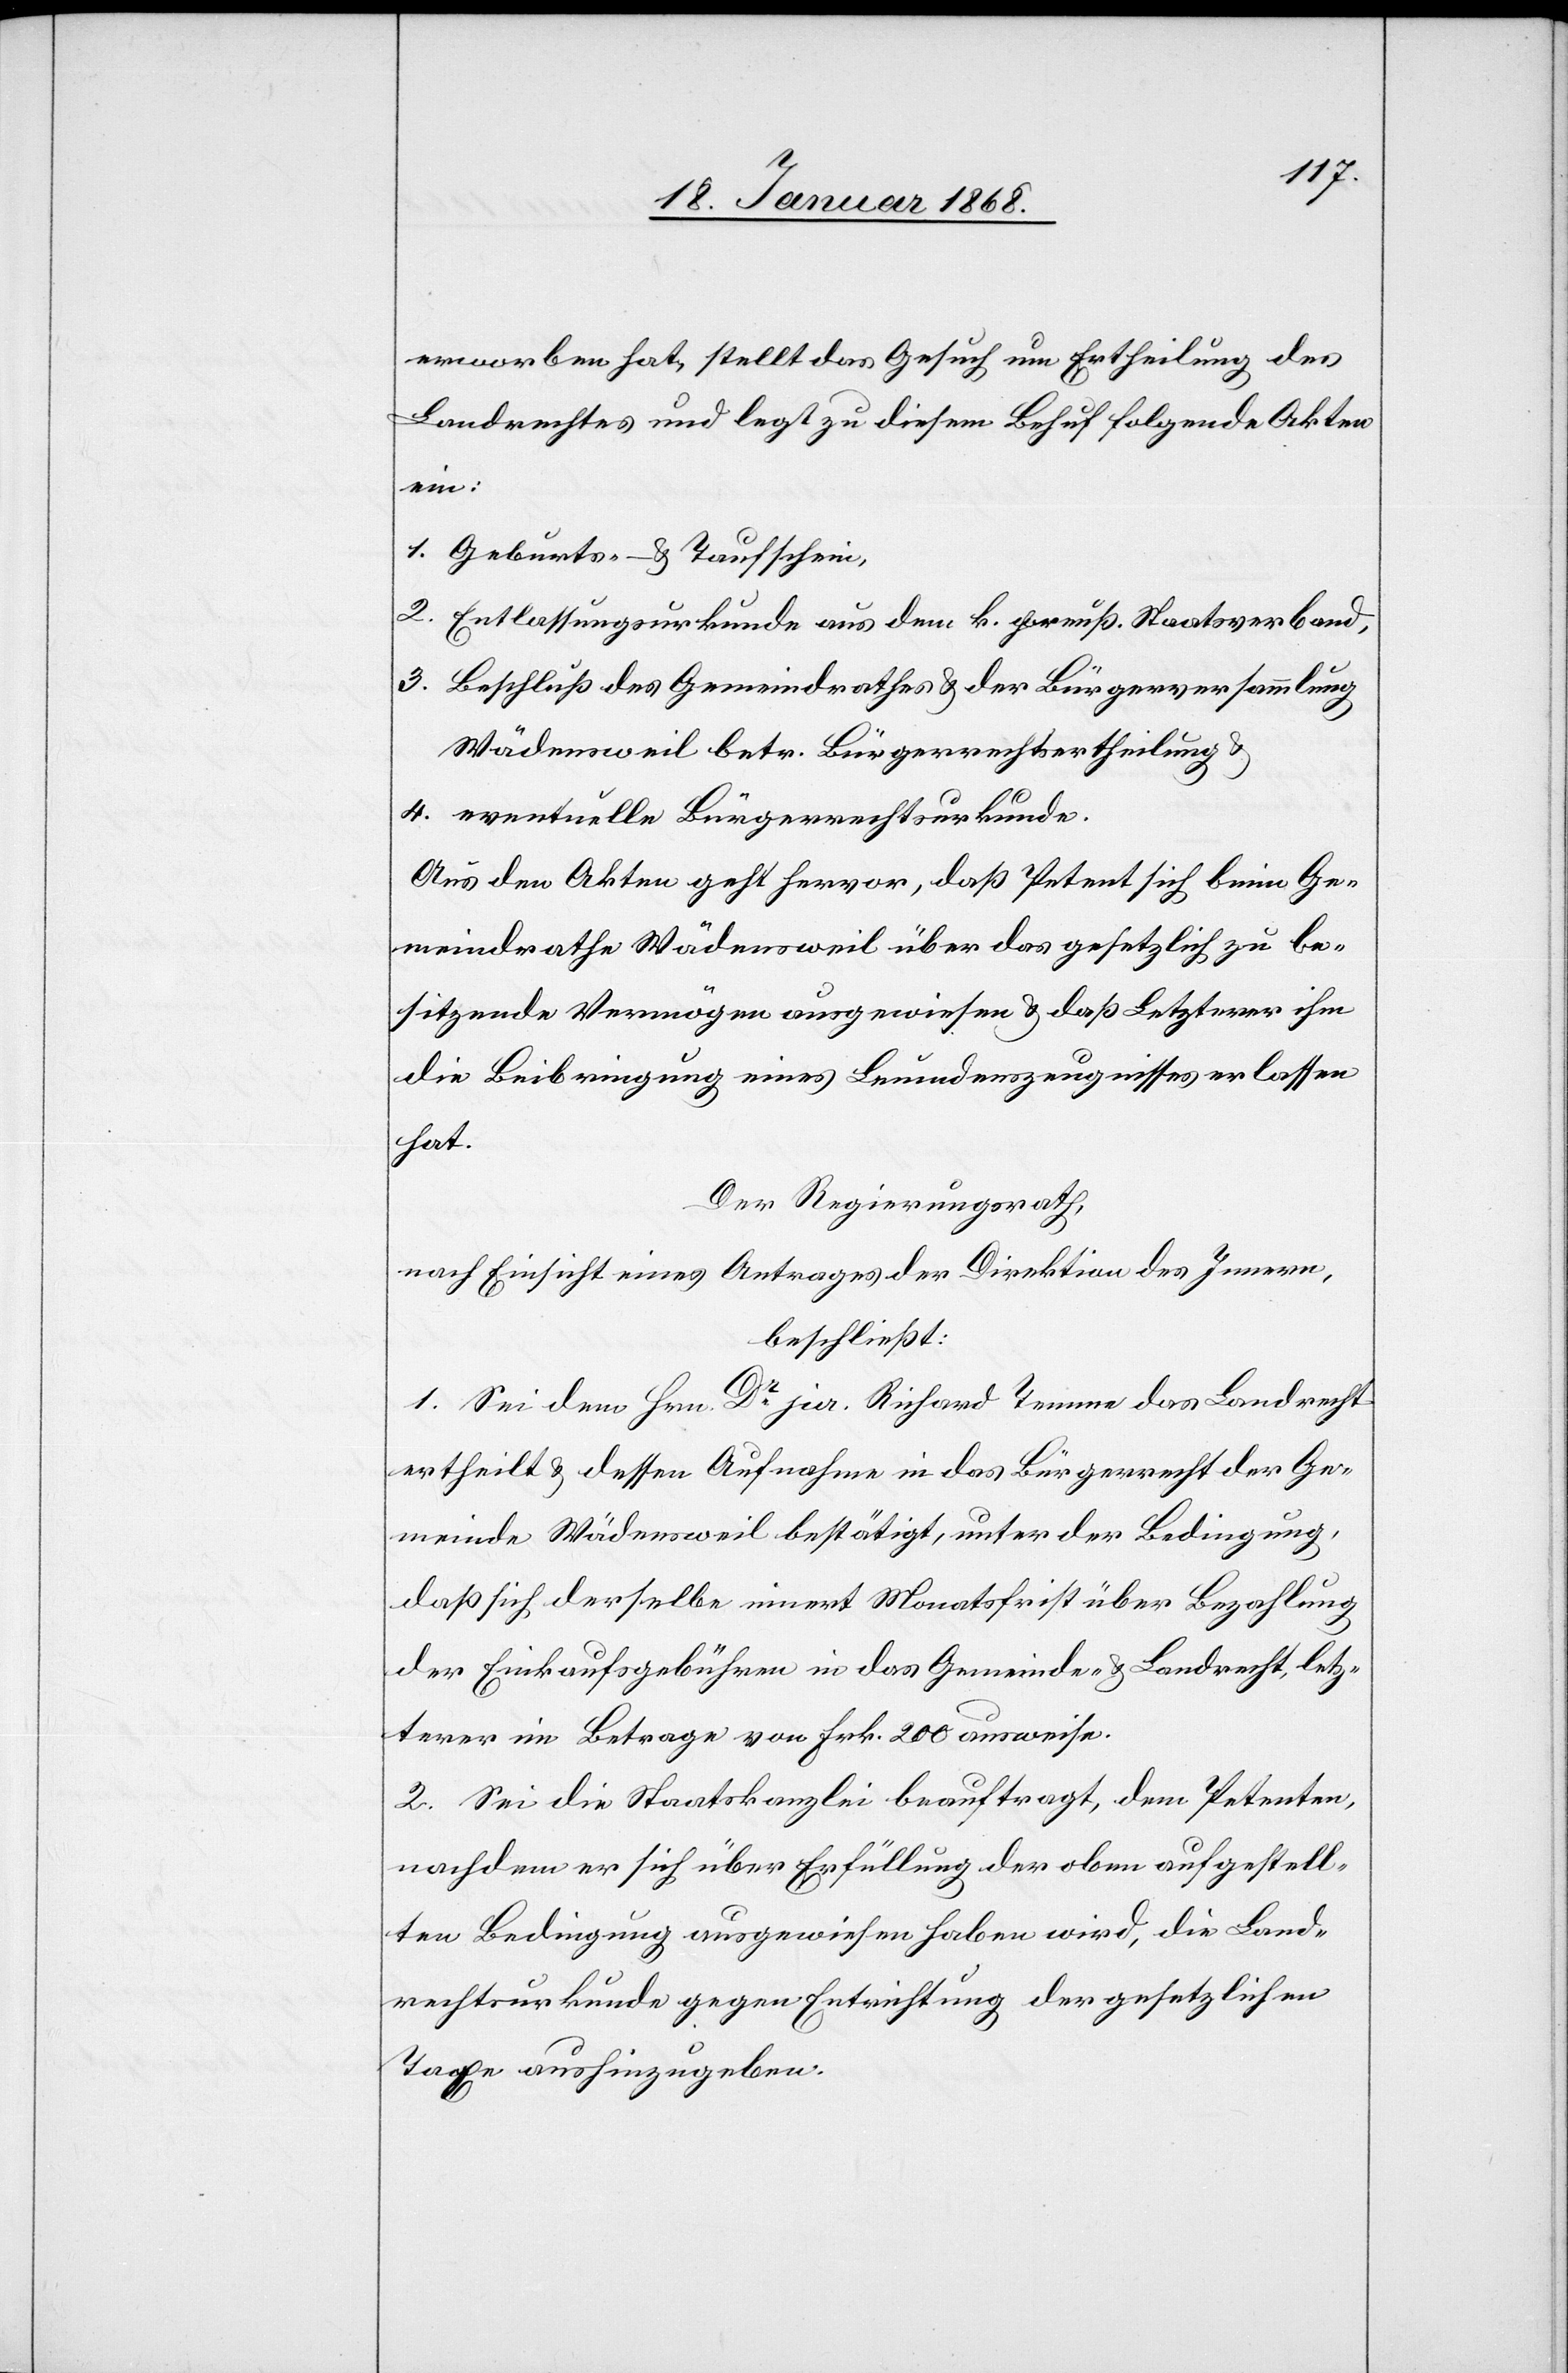
erworben hat, stellt das Gesuch um Ertheilung des
Landrechtes und legt zu diesem Behuf folgende Akten
ein:
Geburts- & Taufschein,
Entlassungsurkunde aus dem k. preuß. Staatsverband,
Beschluß des Gemeindrathes & der Bürgerversammlung
Wädensweil betr. Bürgerrechtsertheilung &
eventuelle Bürgerrechtsurkunde.
Aus den Akten geht hervor, daß Petent sich beim Ge¬
meindrathe Wädensweil über das gesetzlich zu be¬
sitzende Vermögen ausgewiesen & daß Letzterer ihm
die Beibringung eines Leumdenszeugnisses erlassen
hat.
Der Regierungsrath,
nach Einsicht eines Antrages der Direktion des Innern,
beschließt:
1. Sei dem Hrn. Dr. jur. Richard Temme das Landrecht
ertheilt & dessen Aufnahme in das Bürgerrecht der Ge¬
meinde Wädensweil bestätigt, unter der Bedingung,
daß sich derselbe innert Monatsfrist über Bezahlung
der Einkaufsgebühren in das Gemeinde- & Landrecht, letz¬
terer im Betrage von Frk. 200 ausweise.
2. Sei die Staatskanzlei beauftragt, dem Petenten,
nachdem er sich über Erfüllung der oben aufgestell¬
ten Bedingung ausgewiesen haben wird, die Land¬
rechtsurkunde gegen Entrichtung der gesetzlichen
Taxe aushinzugeben.